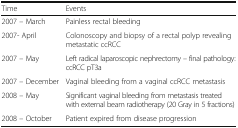
<table><thead><tr><td><b>Time</b></td><td><b>Events</b></td></tr></thead><tbody><tr><td>2007 – March</td><td>Painless rectal bleeding</td></tr><tr><td>2007- April</td><td>Colonoscopy and biopsy of a rectal polyp revealing metastatic ccRCC</td></tr><tr><td>2007 – May</td><td>Left radical laparoscopic nephrectomy – final pathology: ccRCC pT3a</td></tr><tr><td>2007 – December</td><td>Vaginal bleeding from a vaginal ccRCC metastasis</td></tr><tr><td>2008 – May</td><td>Significant vaginal bleeding from metastasis treated with external beam radiotherapy (20 Gray in 5 fractions)</td></tr><tr><td>2008 – October</td><td>Patient expired from disease progression</td></tr></tbody></table>